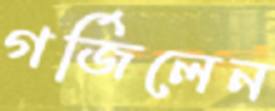
গর্জিলেন